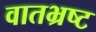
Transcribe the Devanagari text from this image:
वातभ्रष्ट